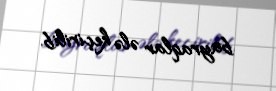
bayraqlar ələ keçirilib.